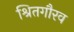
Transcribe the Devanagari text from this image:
श्रितगौरव